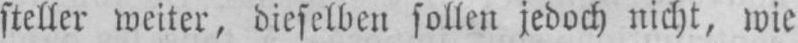
steller weiter, dieselben sollen jedoch nicht, wie